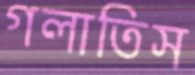
গলাতিস